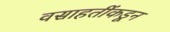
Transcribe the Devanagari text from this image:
वसाहतींकडून